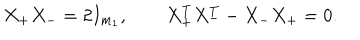
X _ { + } X _ { - } = 2 I _ { m _ { 1 } } , \qquad X _ { + } ^ { T } X _ { - } ^ { T } - X _ { - } X _ { + } = 0 .